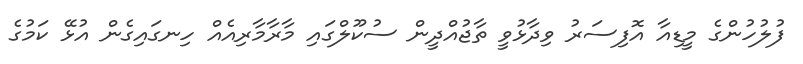
ފުލުހުންގެ މީޑިއާ އޮފިސަރު ވިދާޅުވީ ތާޖުއްދީން ސުކޫލްގައި މާރާމާރިއެއް ހިނގައިގެން އުޅޭ ކަމުގެ